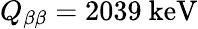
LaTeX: Q_{\beta\beta}=2039\ \mathrm{keV}